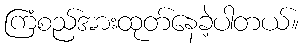
ကြံစည်အားထုတ်နေခဲ့ပါတယ်။